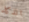
الذكاء